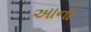
અાનો